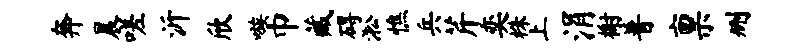
奔晨嗟沂欣嗾巾藏碍淞憔兵芹奕株上涓榭普禀删